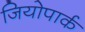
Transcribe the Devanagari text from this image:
जियोपार्क